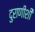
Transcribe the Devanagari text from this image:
दुराणीशी